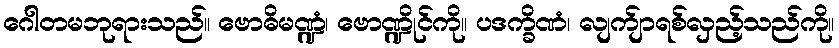
ဂေါတမဘုရားသည်။ ဗောဓိမဏ္ဍံ၊ ဗောဏ္ဍိုင်ကို။ ပဒက္ခိဏံ၊ လျက်ျာရစ်လှည့်သည်ကို။